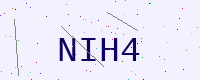
Text: NIH4